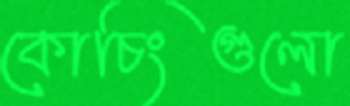
কোচিংগুলো